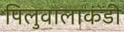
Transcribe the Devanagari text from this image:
पिलुवालाकंडी